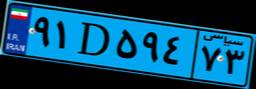
۱۷D۶۸۲۲۸